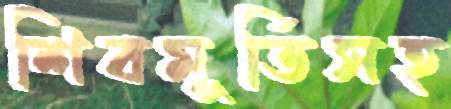
শিবমূর্তিসহ